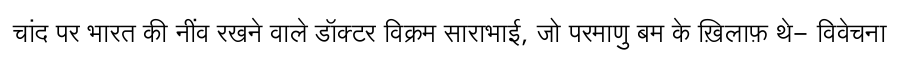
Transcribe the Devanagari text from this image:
चांद पर भारत की नींव रखने वाले डॉक्टर विक्रम साराभाई, जो परमाणु बम के ख़िलाफ़ थे- विवेचना